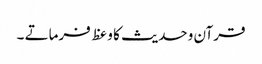
قرآن وحدیث کا وعظ فرماتے ۔